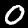
Label: 0